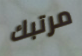
مرتبك